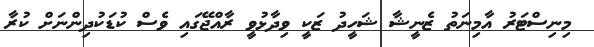
މިނިސްޓަރު އާމިނަތު ޒެނީޝާ ޝަހީދު ޒަކީ ވިދާޅުވީ ރާއްޖޭގައި ވެސް ކުޑަކުދިންނަށް ކުރާ